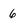
Character: 6